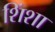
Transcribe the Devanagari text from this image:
शिंशा